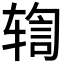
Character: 𫐒